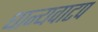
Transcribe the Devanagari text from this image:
धान्यवाटप